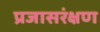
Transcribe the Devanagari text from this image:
प्रजासरंक्षण